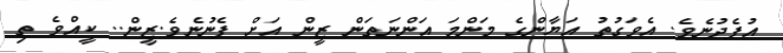
އުފެދުނެވެ. އެވަގުތު އަޔާންގެެ މަންމަ އަންނަތަން ޒީން އަށް ފެނުނެވެ.ޒީން.. ކީއްވެ ތި